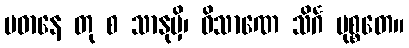
ပဓာနေ တု စ သာနုမှိ၊ ဝိသာဏေ သိင်္ဂ မုစ္စတေ။